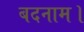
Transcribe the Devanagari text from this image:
बदनाम।